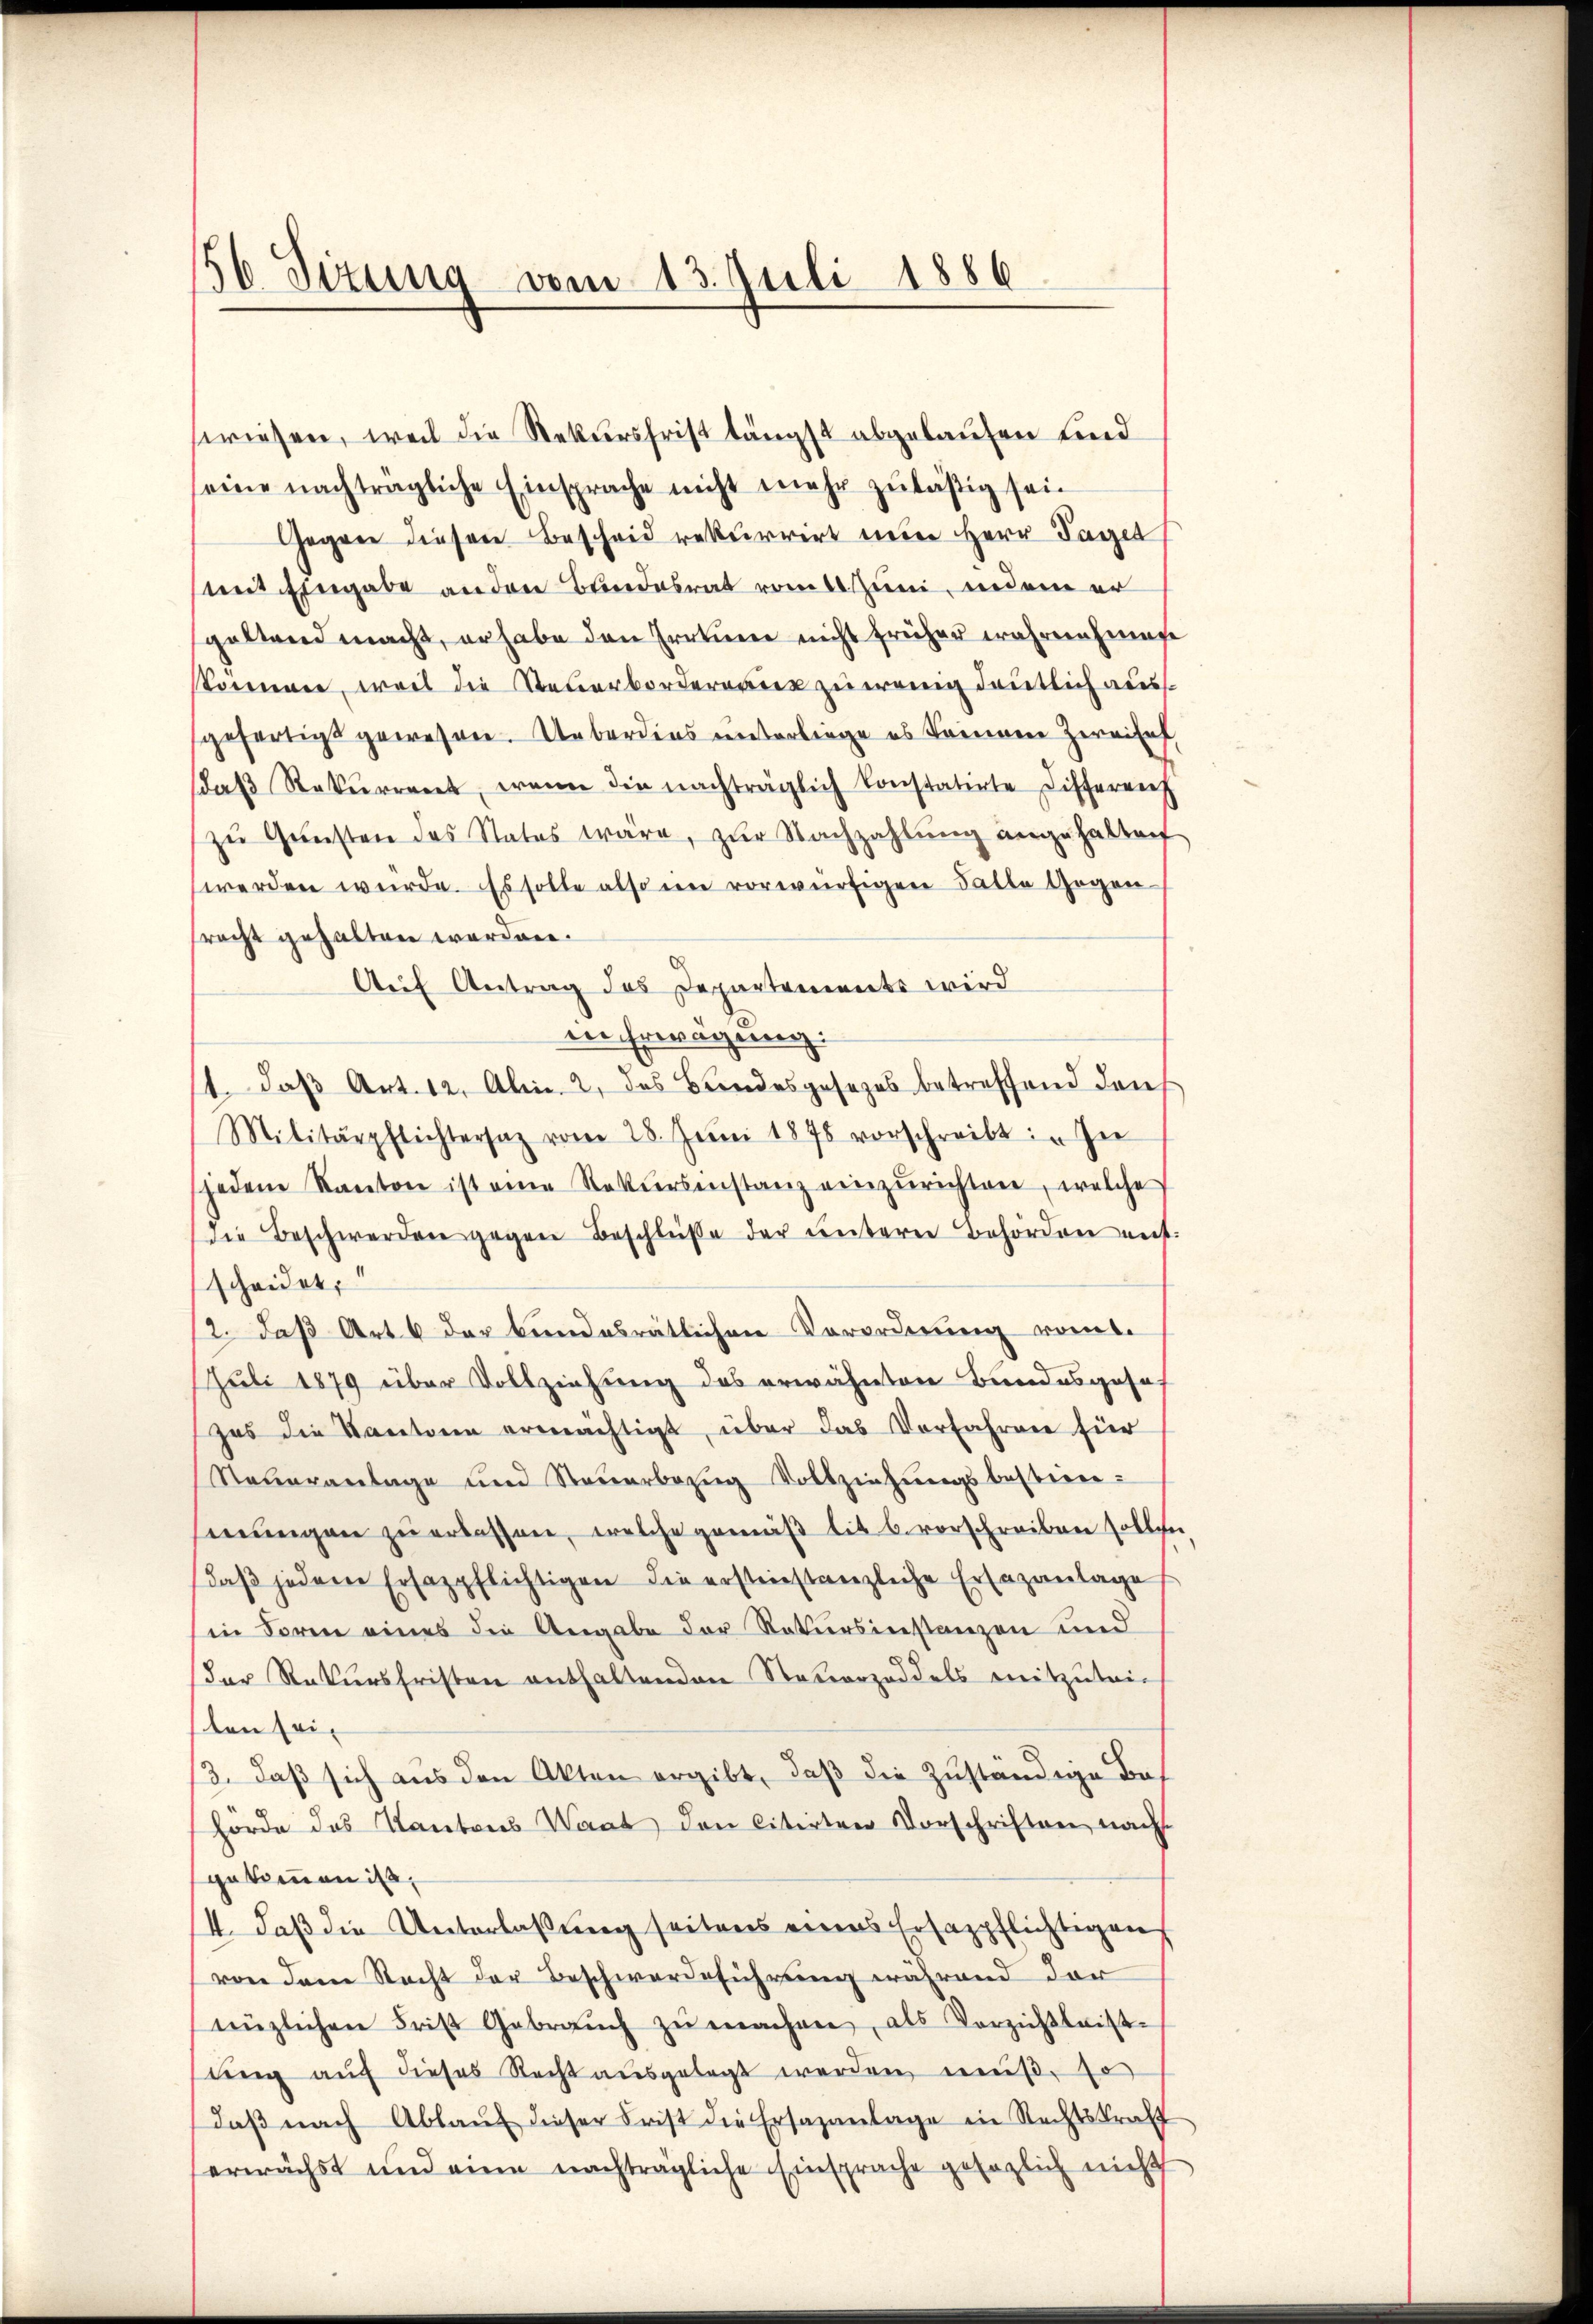
56. Sizung vom 13. Juli 1886

swiesen, weil die Rekursfrist längst abgelaufen und
seine nachträgliche Einsprache nicht mehr zuläßig sei.
Gegen diesen Bescheid rekurrirt neuer Herr Taget
mit Eingabe anden Bundesrat vom 1 Juni, indem er
goltend macht, erhabe den Irrtune nicht früher wahrnehmen.
Sonneren, weil die Steuerborderaris zu wenig deutlich ausgefertigt gewesen. Ueberdiens unterliege es können Zereisef
daß Rekurrent, wenn die nachträglich konstatirte Differenz
zŭ Gŭnsten des Status wäre, zŭr Nachzahlŭng angehalten
werden würde. Es solle also im vorwürfigen Falle Gegen-
racht gehalten werden.
Auf Antrag des Departements wird
en Erwägung.
1 das Art. 12. Al. 2, das Brandesgesezes betreffend dans
Militärpflichtersaz vom 28. Juni 1875 vorschreibt: „In
jedene Kanton ist eine Rekursinstanz einzurichten, welche
die Beschwerden gegen Beschlüße der untere Behörden ent-
scheidet,
12. daß Art. 6 der bundesrätlichen Vorordnung vom.
Juli 1879 über Vollziehung des erwähnten Bundesgeseh
zes die Kantonen ermächtigt, über das Vorfahren für
Neŭeranlage und Steŭerbezug Vollziehungsbestim-
mungen zu erlassen, welche gemäß lit 6. vorschreiben sollen
daβ jedem Ersazpflichtigen die ersteinstanzliche Ersazanlage
in Forme eines die Angabe der Natursinstanzen und
der Rekursfristen enthaltenden Steuerzeddels mitzutei-
ten sei¬
/3. daß sich aus den Akten ergibt, daß die Zuständige Bef
hörde das Kantons Waat den citirten Vorschriften nach
gekommen ist,
4. daß die Unterlaßung seitens eines Ersazpflichtigen
von dem Recht der Beschwerdeführung während dar
nüzlichen Frist Gebraŭch zŭ machen, als Vorziehtleist-
ŭng aŭf dieses Recht aŭsgelegt werden mŭβ, so
daβ nach Ablaŭf dieser Frist die Ersazanlage in Rechtskraft
erwächst und eine nachträgliche Einsprache gesezlich nicht